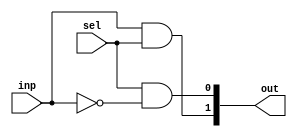
module demux2 (input wire inp,sel, output wire [1:0] out);

    assign out[0] =sel&(~inp); 
    assign out[1] =inp&sel; 

endmodule

module demux4 (input wire [1:0] inp, input wire sel, output wire [3:0] out);
    wire [1:0] dOut;

    demux2 d1(inp[1], sel, dOut);

    demux2 d2(inp[0], dOut[0], out[1:0]);
    demux2 d3(inp[0], dOut[1], out[3:2]);
endmodule

module demux8 (input wire [2:0] inp, input wire sel, output wire [7:0] out);
    wire [1:0] dOut;

    demux2 d1(inp[2], sel, dOut);

    demux4 d2(inp[1:0],dOut[0],out[3:0]);
    demux4 d3(inp[1:0],dOut[1],out[7:4]);

     
endmodule